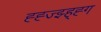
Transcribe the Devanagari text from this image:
ह्ह्ज्झ्ह्ह्ग